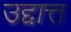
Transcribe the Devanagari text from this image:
उद्दात्त